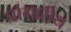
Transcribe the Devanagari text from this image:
प्रांगारीय